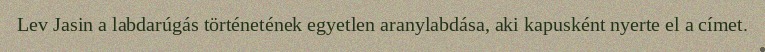
Lev Jasin a labdarúgás történetének egyetlen aranylabdása, aki kapusként nyerte el a címet.